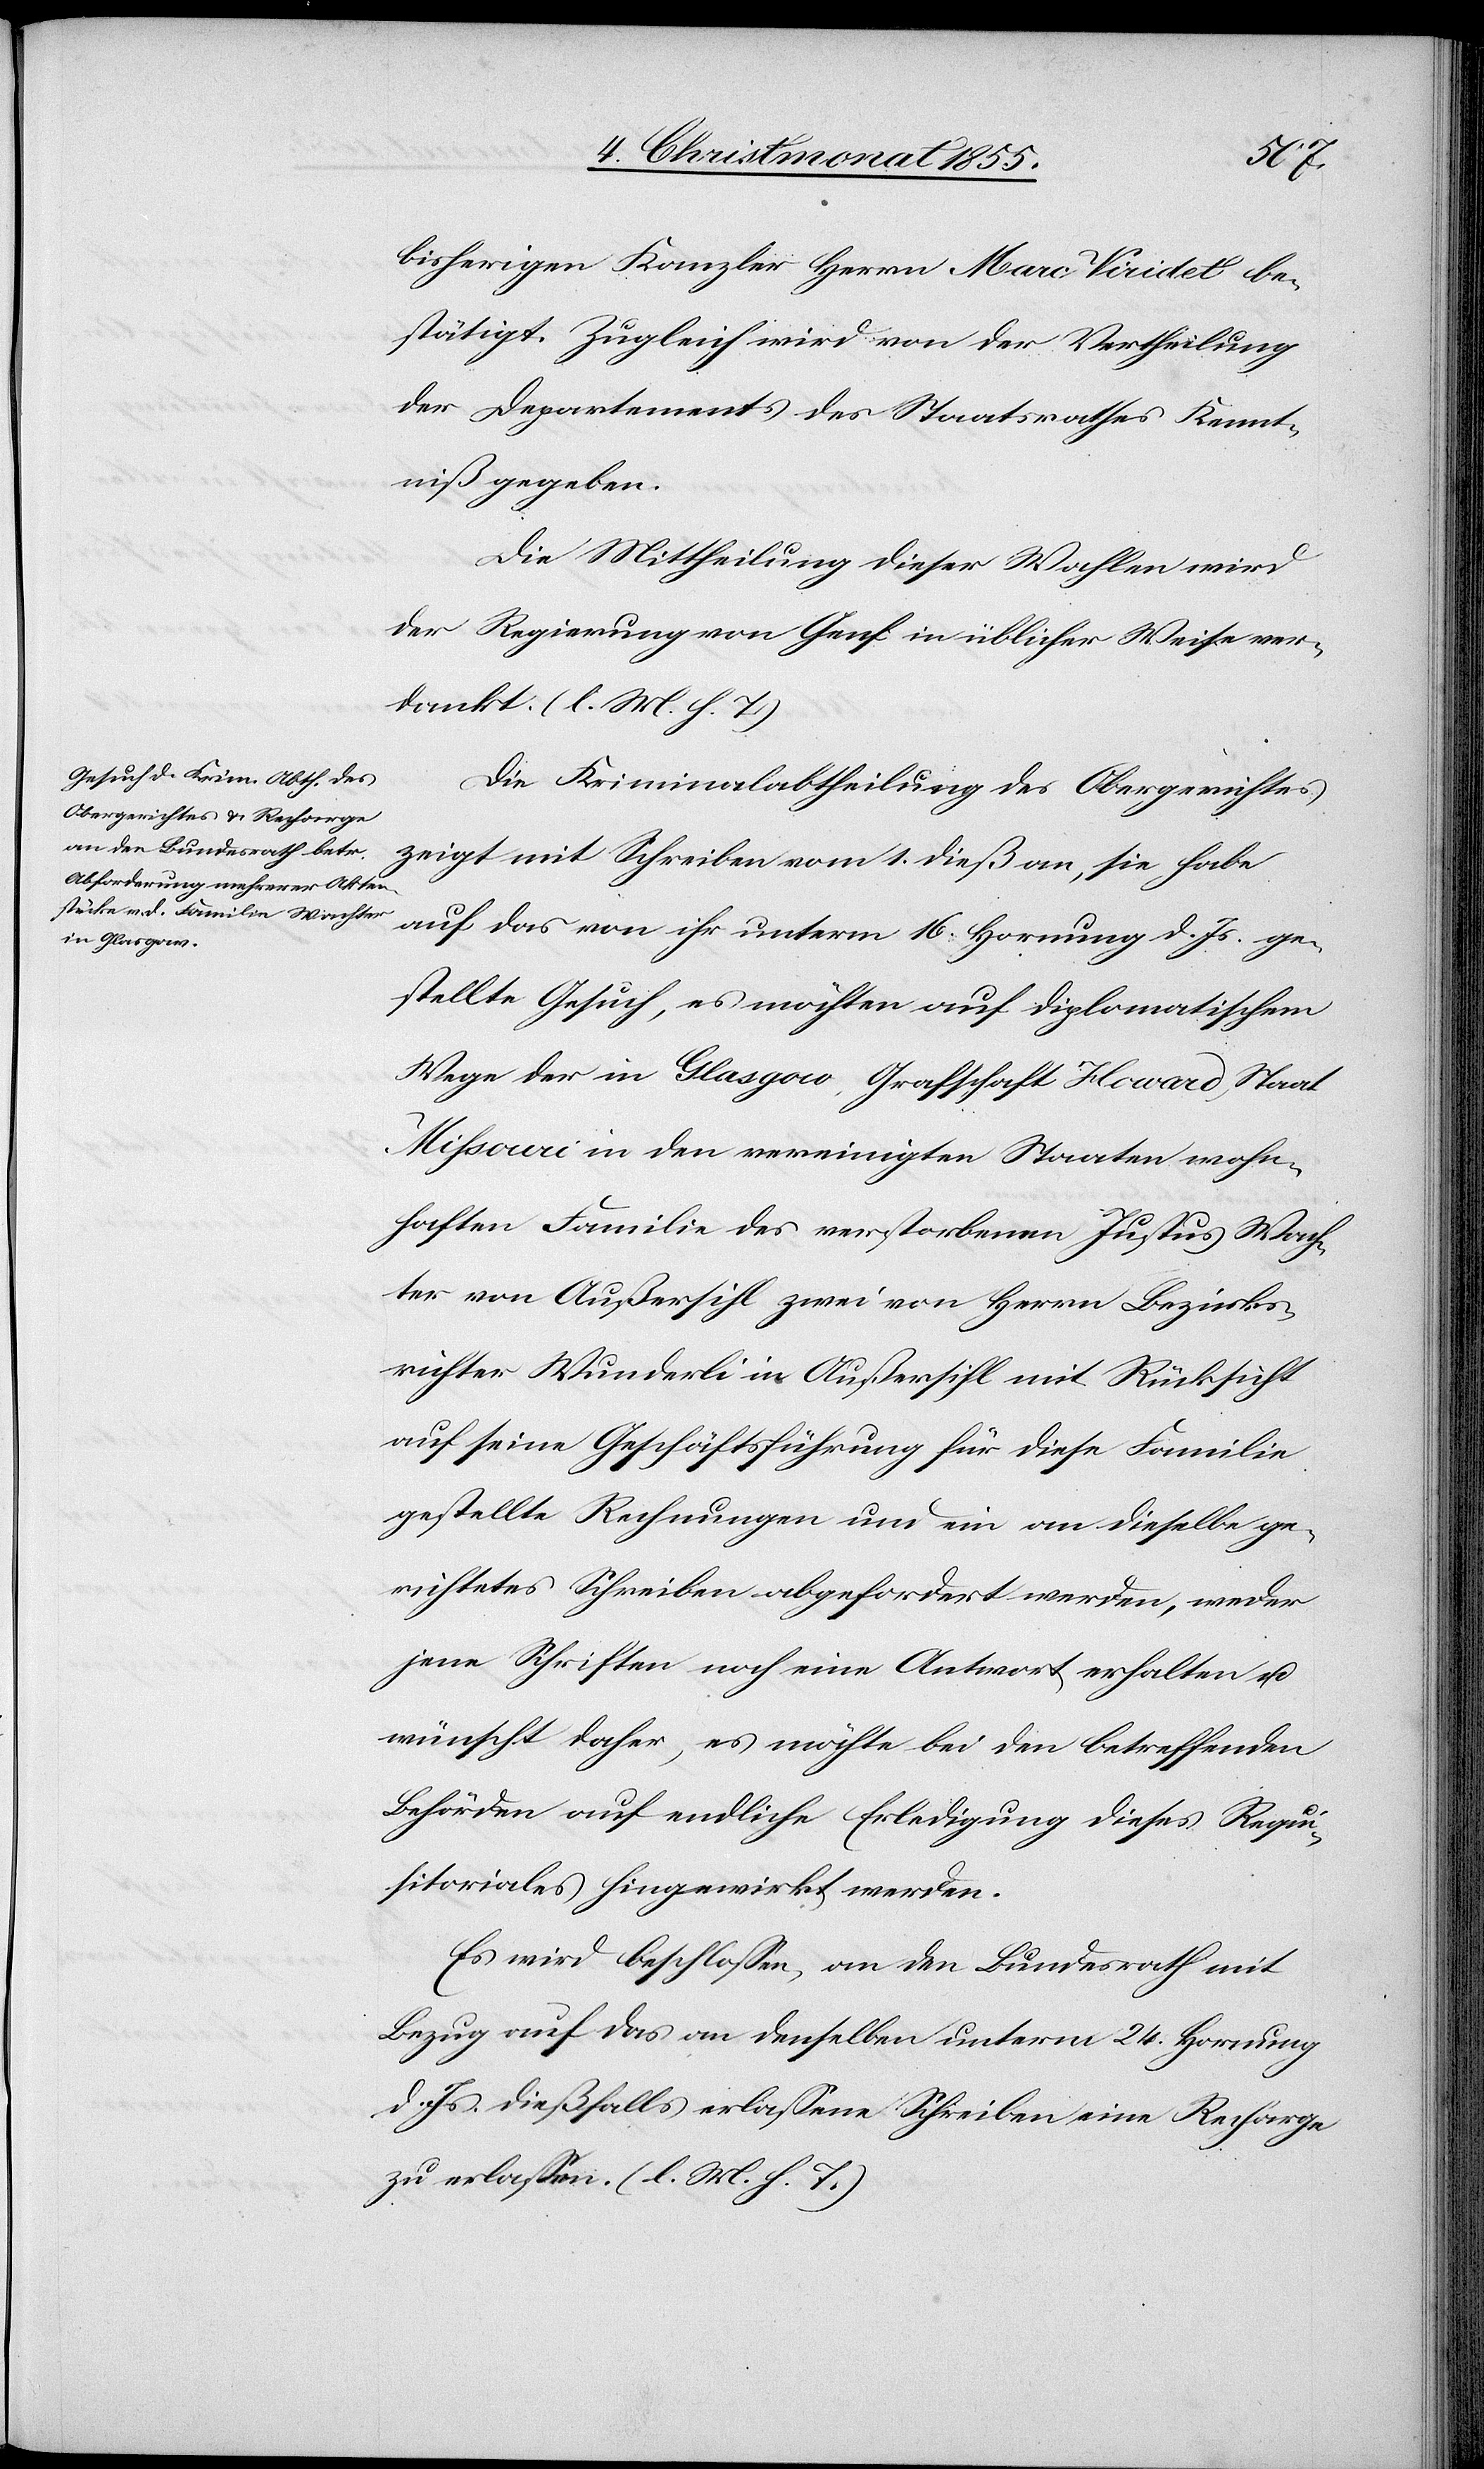
bisherigen Kanzler Herrn Marc Viridet be¬
stätigt. Zugleich wird von der Vertheilung
der Departements des Staatsrathes Kennt¬
niß gegeben.
Die Mittheilung dieser Wahlen wird
der Regierung von Genf in üblicher Weise ver¬
dankt. (l. M. h. T.)
Die Kriminalabtheilung des Obergerichtes
zeigt mit Schreiben vom 1. dieß an, sie habe
auf das von ihr unterm 16. Hornung d. Js. ge¬
stellte Gesuch, es möchten auf diplomatischem
Wege der in Glasgow, Grafschaft Howard, Staat
Missouri in den vereinigten Staaten wohn¬
haften Familie des verstorbenen Justus Wach¬
ter von Außersihl zwei von Herrn Bezirks¬
richter Wunderli in Außersihl mit Rücksicht
auf seine Geschäftsführung für diese Familie
gestellte Rechnungen und ein an dieselbe ge¬
richtetes Schreiben abgefordert werden, weder
jene Schriften noch eine Antwort erhalten u.
wünscht daher, es möchte bei den betreffenden
Behörden auf endliche Erledigung dieses Requi¬
sitoriales hingewirkt werden.
Es wird beschlossen, an den Bundesrath mit
Bezug auf das an denselben unterm 24. Hornung
d. Js. dießfalls erlassene Schreiben eine Recharge
zu erlassen. (l. M. h. T.)